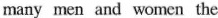
many men and women the